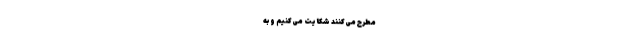
مطرح می‌‌‌‌‌‌‌‌‌‌‌‌‌‌‌‌‌‌‌‌‌‌‌‌‌‌‌‌‌‌‌‌‌‌‌کنند شکایت می‌کنیم و به